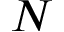
N